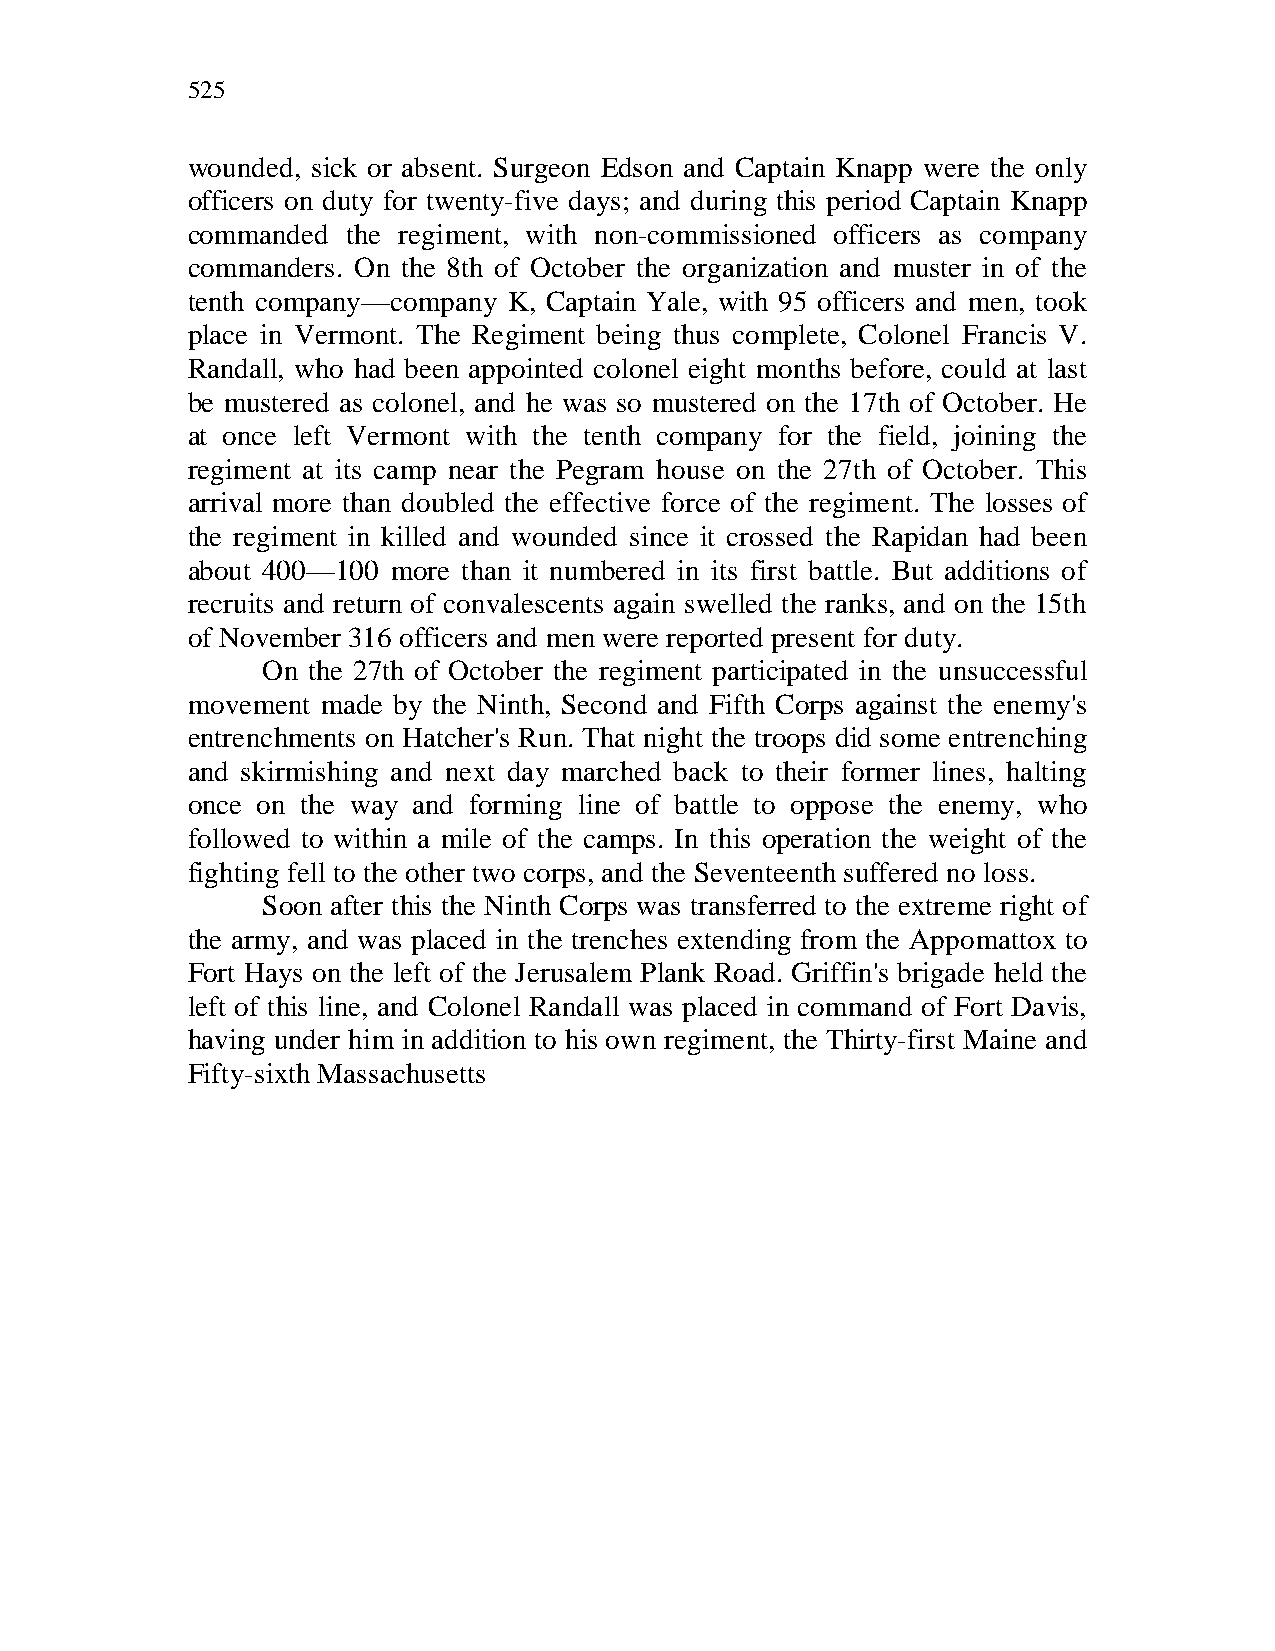
525
 wounded, sick or absent. Surgeon Edson and Captain Knapp were the only
 officers on duty for twenty-five days; and during this period Captain Knapp
 commanded  the regiment, with non-commissioned officers as company
 commanders. On the 8th of October the organization and muster in of the
 tenth company—company K, Captain Yale, with 95 officers and men, took
 place in Vermont. The Regiment being thus complete, Colonel Francis V.
 Randall, who had been appointed colonel eight months before, could at last
 be mustered as colonel, and he was so mustered on the 17th of October. He
 at once left Vermont with the tenth company for the field, joining the
 regiment at its camp near the Pegram house on the 27th of October. This
 arrival more than doubled the effective force of the regiment. The losses of
 the regiment in killed and wounded since it crossed the Rapidan had been
 about 400—100 more than it numbered in its first battle. But additions of
 recruits and return of convalescents again swelled the ranks, and on the 15th
 of November 316 officers and men were reported present for duty.
 On the 27th of October the regiment participated in the unsuccessful
 movement made by the Ninth, Second and Fifth Corps against the enemy's
 entrenchments on Hatcher's Run. That night the troops did some entrenching
 and skirmishing and next day marched back to their former lines, halting
 once on the way and forming line of battle to oppose the enemy, who
 followed to within a mile of the camps. In this operation the weight of the
 fighting fell to the other two corps, and the Seventeenth suffered no loss.
 Soon after this the Ninth Corps was transferred to the extreme right of
 the army, and was placed in the trenches extending from the Appomattox to
 Fort Hays on the left of the Jerusalem Plank Road. Griffin's brigade held the
 left of this line, and Colonel Randall was placed in command of Fort Davis,
 having under him in addition to his own regiment, the Thirty-first Maine and
 Fifty-sixth Massachusetts